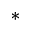
^ { * }